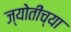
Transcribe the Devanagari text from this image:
ज्योतींच्या